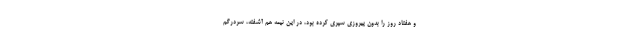
و هفتاد روز را بدون پیروزی سپری کرده بود، در این نیمه هم آشفته، سردرگم